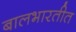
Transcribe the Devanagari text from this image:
बालभारतीत